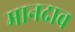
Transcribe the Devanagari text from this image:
मानदाब